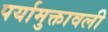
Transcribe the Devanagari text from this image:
पर्यामुक्तावली